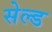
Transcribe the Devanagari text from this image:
सेल्ड